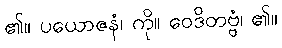
၏။ ပယောဇနံ၊ ကို။ ဝေဒိတဗ္ဗံ၊ ၏။